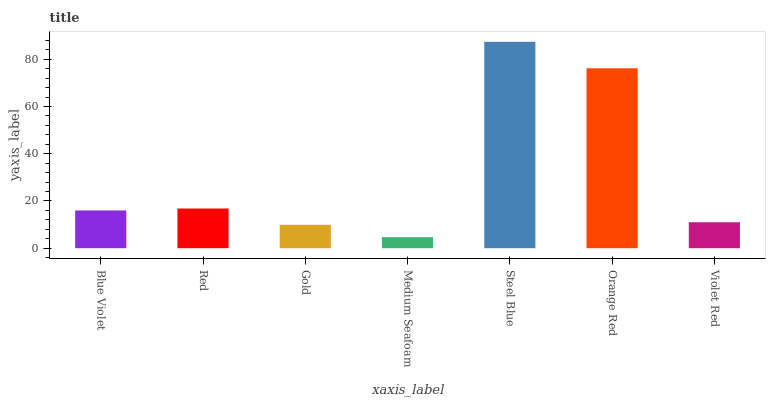
| xaxis_label | bars |
 | --- | --- |
 | Blue Violet | 16 |
 | Red | 16.8 |
 | Gold | 9.92 |
 | Medium Seafoam | 4.67 |
 | Steel Blue | 87.4 |
 | Orange Red | 76.2 |
 | Violet Red | 11 |